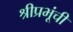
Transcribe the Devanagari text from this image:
श्रीप्रभूंची